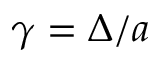
\gamma = \Delta / a